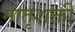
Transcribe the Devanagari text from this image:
मातृशक्ती